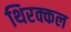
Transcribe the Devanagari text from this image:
थिरक्कल